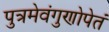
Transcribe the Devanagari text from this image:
पुत्रमेवंगुणोपेतं